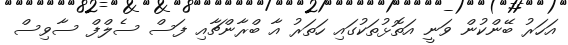
އަހަރު ބޭންކުން ވަނީ އަތޮޅުތަކުގައި ހަތަރު އާ ބްރާންޗާއި ފަސް ސެލްފް ސާވިސް